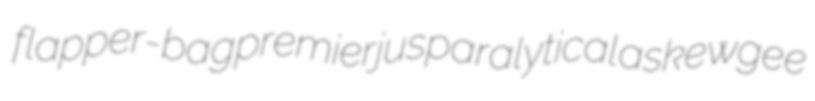
flapper-bag premierjus paralytical askewgee